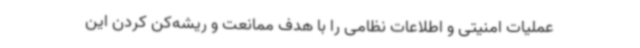
عملیات امنیتی و اطلاعات نظامی را با هدف ممانعت و ریشه‌کن کردن این